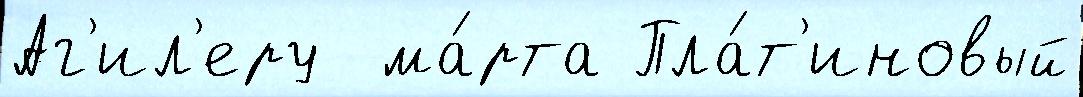
Аг'ил'еру  ма́рта Пла́т'иновый